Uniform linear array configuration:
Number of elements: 12
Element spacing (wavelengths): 0.25
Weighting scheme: uniform
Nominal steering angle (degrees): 30
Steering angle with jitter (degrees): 30.44
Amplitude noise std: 0.05
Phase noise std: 0.05

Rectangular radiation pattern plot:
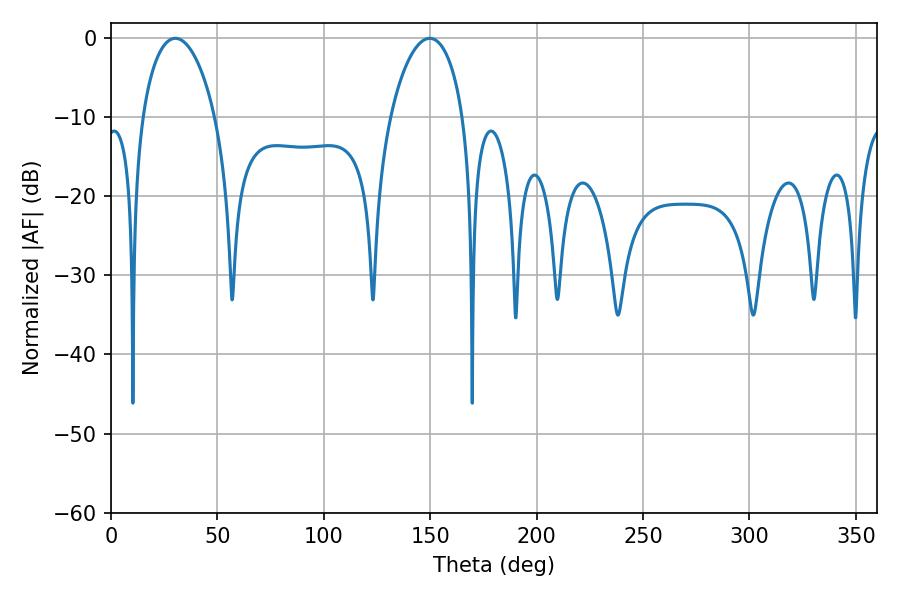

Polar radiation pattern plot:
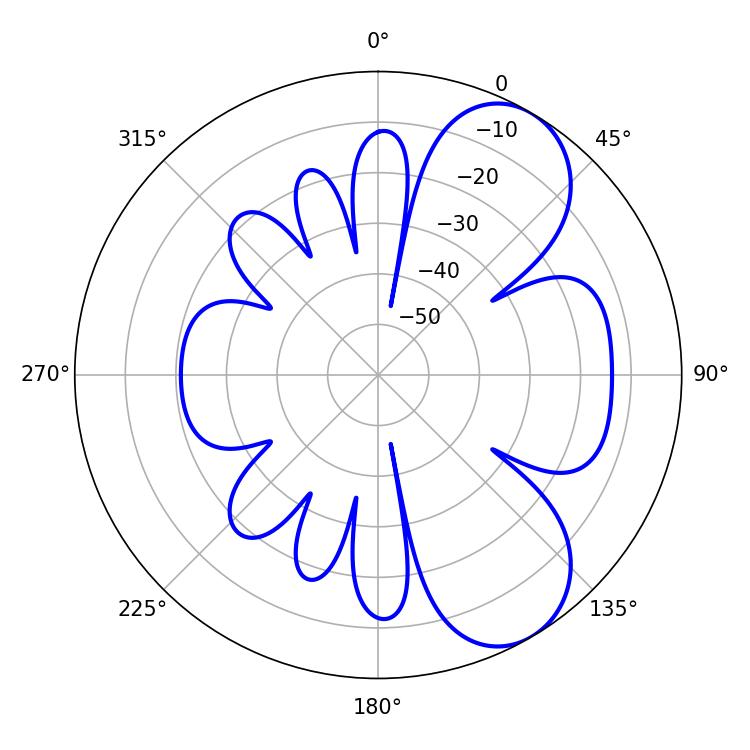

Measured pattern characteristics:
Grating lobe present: FALSE
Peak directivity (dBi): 7.127
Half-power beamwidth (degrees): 19.44
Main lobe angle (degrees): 30.24